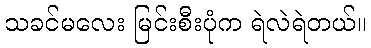
သခင်မလေး မြင်းစီးပုံက ရဲလဲရဲတယ်။